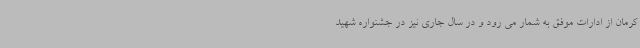
کرمان از ادارات موفق به شمار می رود و در سال جاری نیز در جشنواره شهید